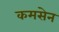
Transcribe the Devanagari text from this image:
कमसेन